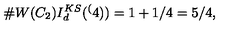
\# W ( C _ { 2 } ) I _ { d } ^ { K S } ( \sp ( 4 ) ) = 1 + 1 / 4 = 5 / 4 ,